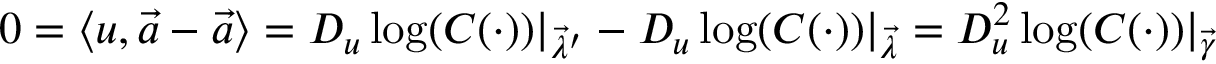
0 = \langle u , { \vec { a } } - { \vec { a } } \rangle = D _ { u } \log ( C ( \cdot ) ) \vert _ { { \vec { \lambda } } ^ { \prime } } - D _ { u } \log ( C ( \cdot ) ) \vert _ { \vec { \lambda } } = D _ { u } ^ { 2 } \log ( C ( \cdot ) ) \vert _ { \vec { \gamma } }